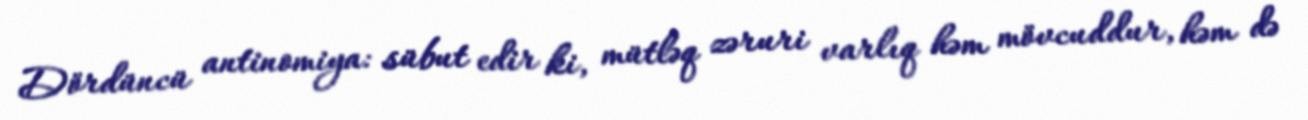
Dördüncü antinomiya: sübut edir ki, mütləq zəruri varlıq həm mövcuddur, həm də